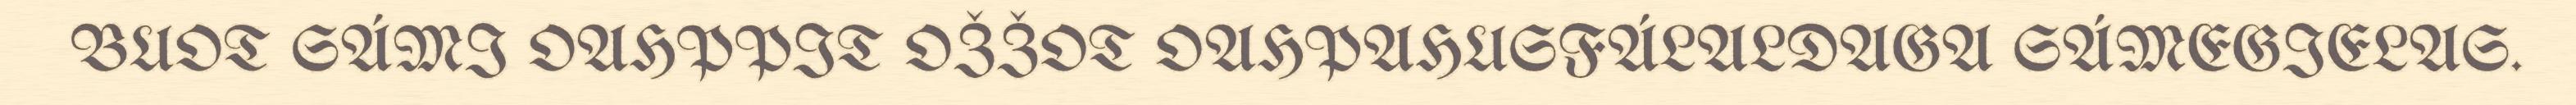
BUOT SÁMI OAHPPIT OŽŽOT OAHPAHUSFÁLALDAGA SÁMEGIELAS.